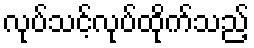
လုပ်သင့်လုပ်ထိုက်သည့်